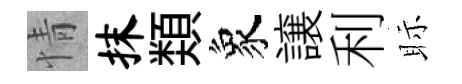
情抹𩔖象譲利眎